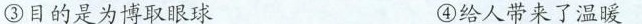
③目的是为博取眼球 ④给人带来了温暖